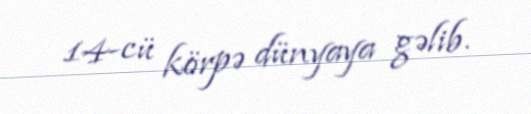
14-cü körpə dünyaya gəlib.